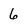
Character: 6